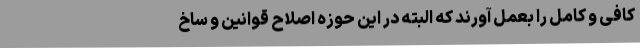
کافی و کامل را بعمل آورند که البته در این حوزه اصلاح قوانین و ساخ